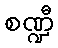
စဏ္ဍီ